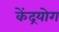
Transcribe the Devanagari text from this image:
केंद्रयोग